system: You are a helpful assistant.
user:
Analyze the provided spectrum to determine if it is a **Carbon Star (C-type)**.

- **Key Visual Indicators of Carbon Star:**
    - **(Primary):** Strong molecular absorption from **C₂ (diatomic carbon) "Swan Bands."** This is the **defining feature** of a carbon star.
        - **(Key Bandheads):** Sharp absorption edges are visible at approximately $5635$ Å, $5165$ Å (the strongest band), and $4737$ Å.
        - **(Line Profile):** Creates a distinct **"saw-tooth"** pattern. The key morphology is a sharp, steep bandhead on the **red (long-wavelength) side**, which then gradually tapers off (i.e., flux recovers) towards the **blue (short-wavelength) side**. *(This is the direct opposite of the TiO bands seen in M-type stars)*.

    - **(Secondary):** Intense **CN (cyanogen)** molecular absorption bands.
        - **(Key Bandheads):** Located in the blue and violet regions of the spectrum (e.g., near $4215$ Å and $3883$ Å).
        - **(Morphology):** These bands are extremely broad and act as a "blanket," absorbing the vast majority of blue and violet light. This creates a characteristic **"cliff"** or **"steep drop-off"** in the spectrum's flux at short wavelengths.

    - **(Key Confirmation):** Strong **CH absorption band (G-band)**.
        - **(Key Bandhead):** Located around $4300$ Å. The contribution from CH molecules to this band is exceptionally strong.

    - **(Overall Spectrum):**
        - The continuum is severely "chopped up" by these deep molecular bands, especially C₂, rather than appearing as a smooth curve.
        - Due to the heavy CN and C₂ absorption in the blue-green, the vast majority of the star's flux is concentrated in the red part of the spectrum, giving the star its characteristic deep red color.

Think first, call **spectral_visualization_tool** if needed to examine features in detail, then provide your final answer. Your response must adhere to the following strict rules:
1.  **Overall Structure:** Your response must follow the format `<think>...</think> <tool_call>...</tool_call> (if a tool is used) <answer>...</answer>`.
2.  **Tool Usage Constraint:** You may only make **one** tool call per turn.
3.  **Final Answer Format:** In the `<answer>` tag, your conclusion must be inside a `\boxed{}` command (e.g., `\boxed{YES}`), followed by your justification.

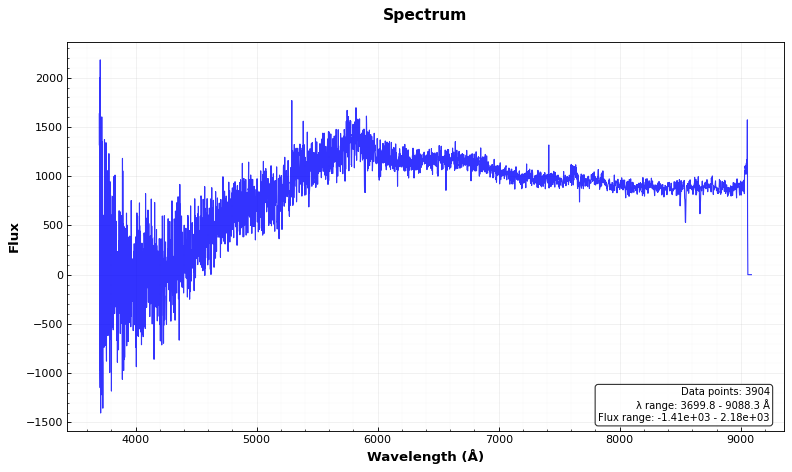
Answer: NO